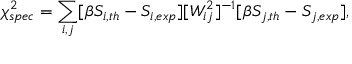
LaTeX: \chi _ { s p e c } ^ { 2 } = \sum _ { i , j } [ \beta S _ { i , t h } - S _ { i , e x p } ] [ W _ { i j } ^ { 2 } ] ^ { - 1 } [ \beta S _ { j , t h } - S _ { j , e x p } ] ,